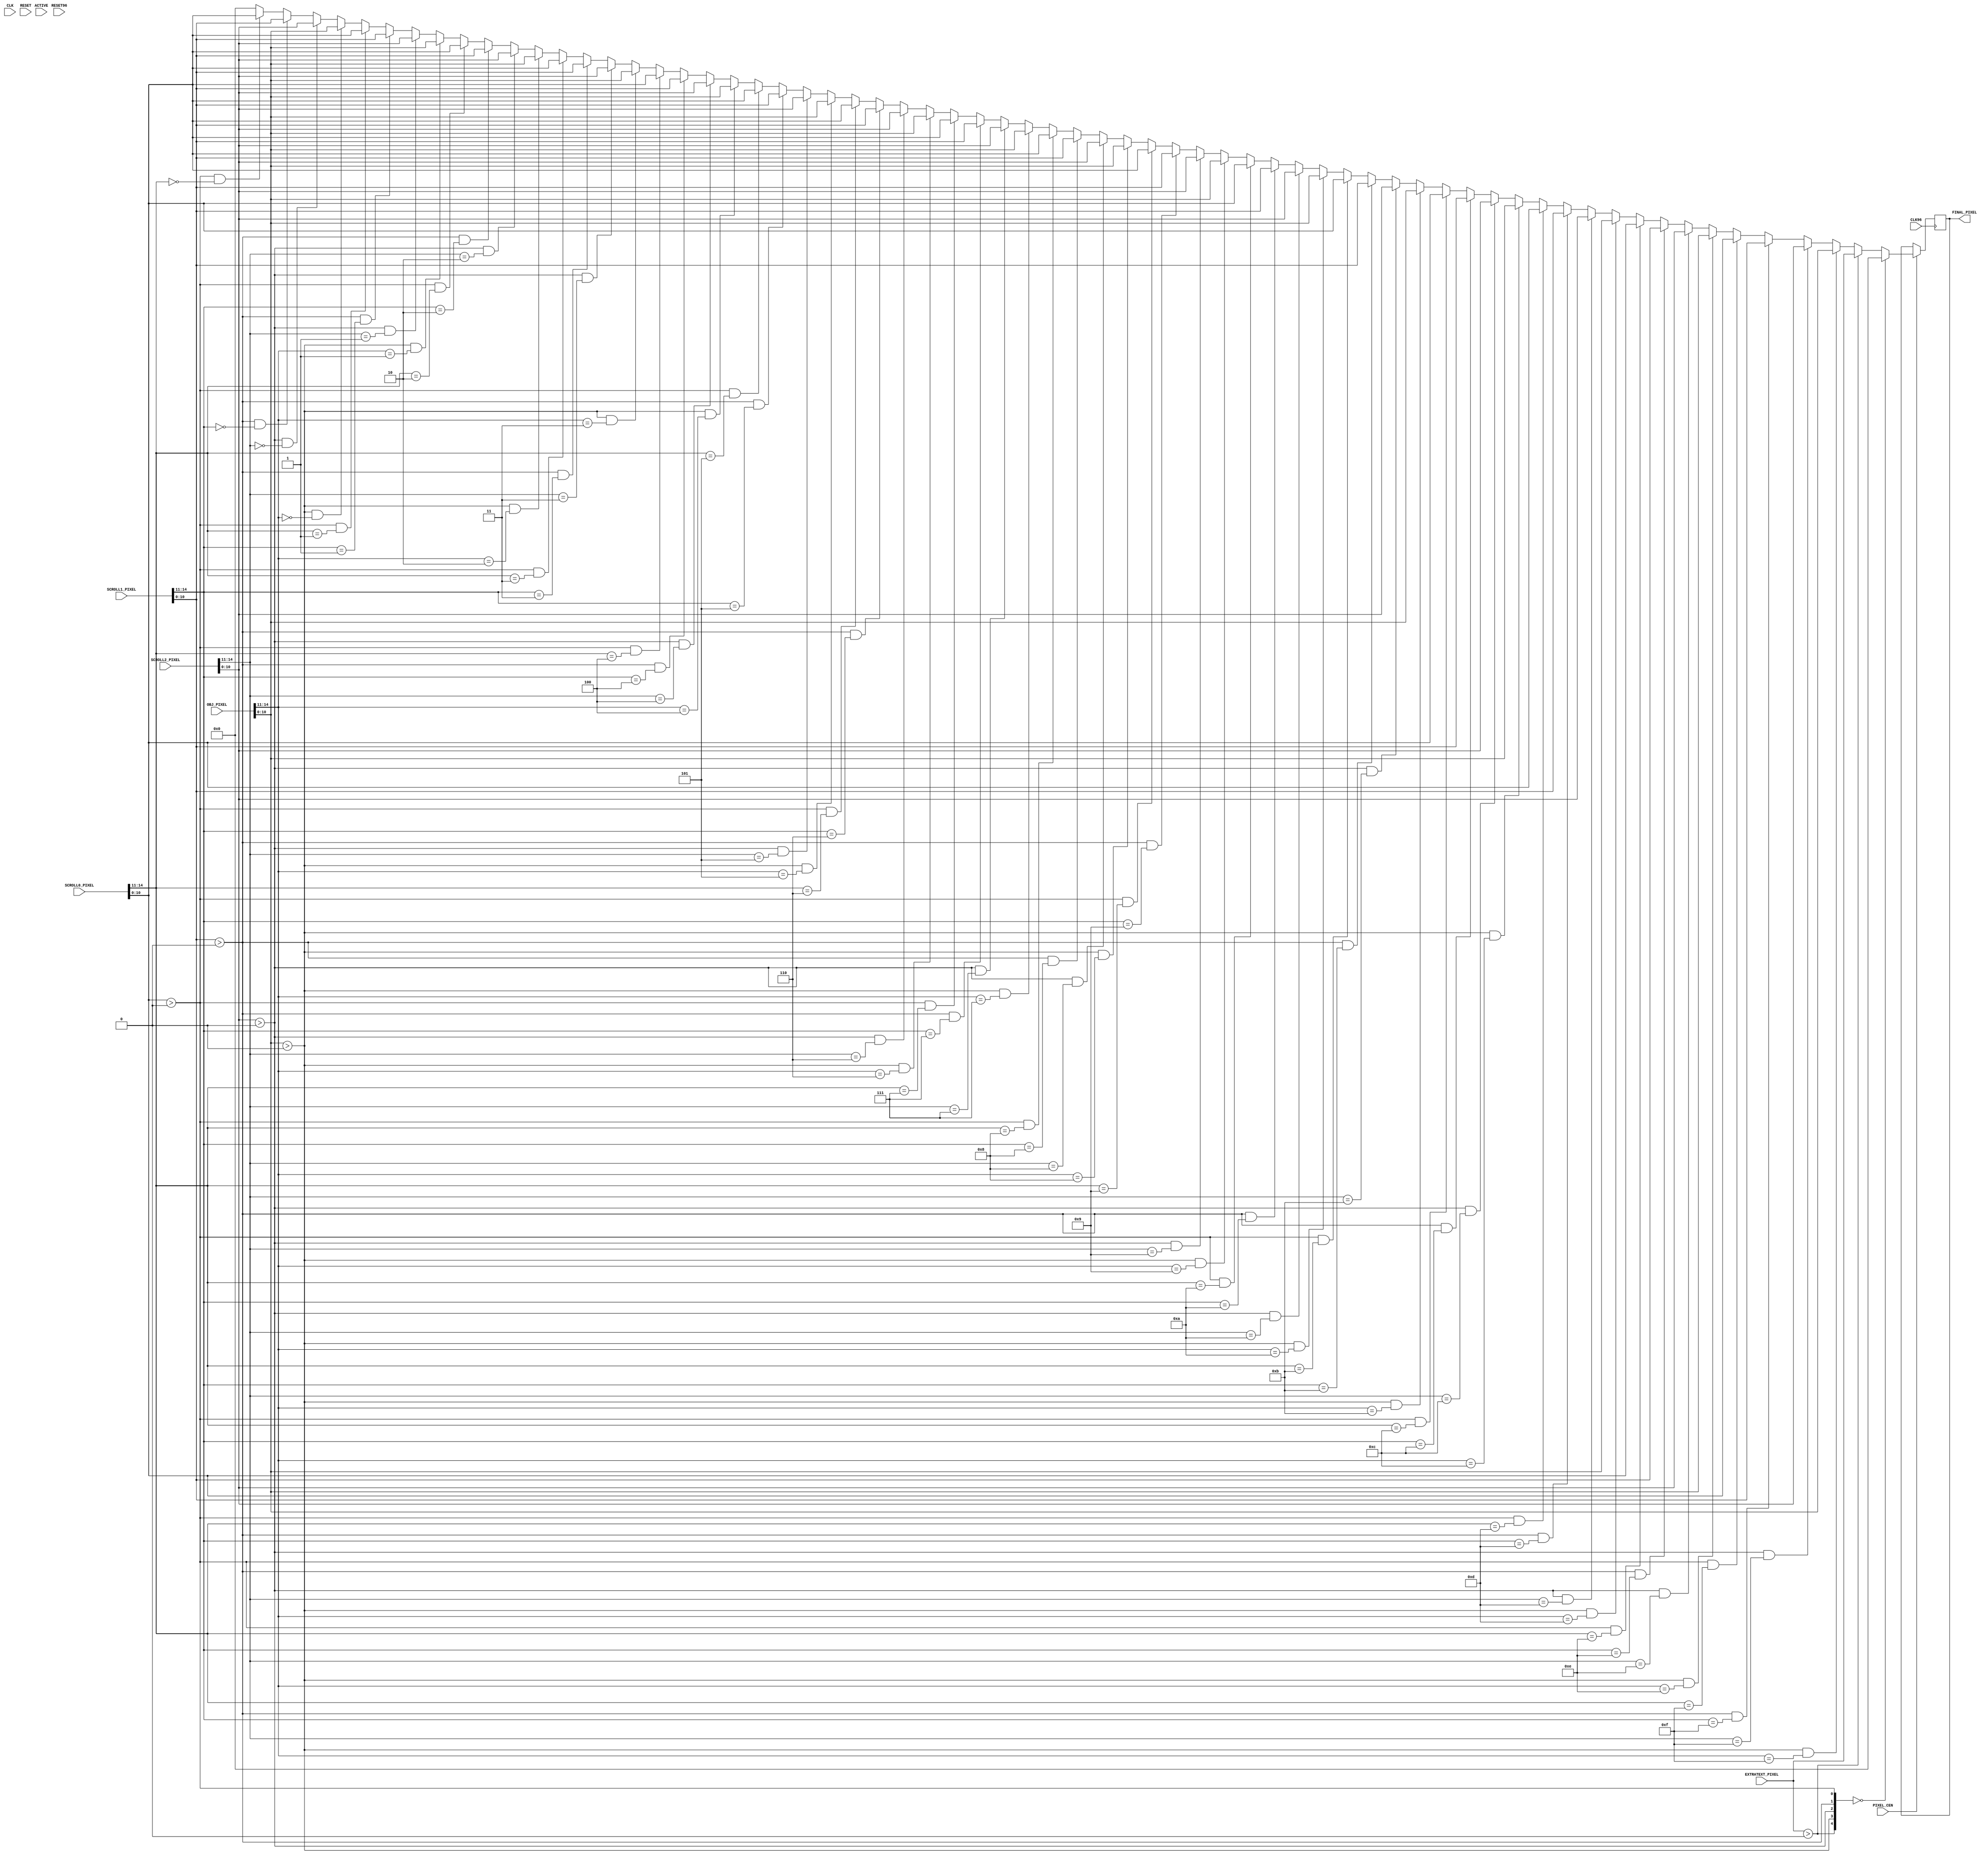
// This program was cloned from: https://github.com/atrac17/Toaplan2
// License: GNU General Public License v3.0

/*
* <-- pr4m0d -->
* https://pram0d.com
* https://twitter.com/pr4m0d
* https://github.com/psomashekar
*
* Copyright (c) 2022 Pramod Somashekar
*
* This program is free software: you can redistribute it and/or modify
* it under the terms of the GNU General Public License as published by
* the Free Software Foundation, either version 3 of the License, or
* (at your option) any later version.
*
* This program is distributed in the hope that it will be useful,
* but WITHOUT ANY WARRANTY; without even the implied warranty of
* MERCHANTABILITY or FITNESS FOR A PARTICULAR PURPOSE.  See the
* GNU General Public License for more details.
*
* You should have received a copy of the GNU General Public License
* along with this program.  If not, see <https://www.gnu.org/licenses/>.
*/
module raizing_colmix (
    input CLK,
    input CLK96,
    input RESET,
    input RESET96,
    input PIXEL_CEN,
    input [10:0] EXTRATEXT_PIXEL,
    input [14:0] SCROLL0_PIXEL,
    input [14:0] SCROLL1_PIXEL,
    input [14:0] SCROLL2_PIXEL,
    input [14:0] OBJ_PIXEL,
    output reg [10:0] FINAL_PIXEL,
    input ACTIVE
);

wire [10:0] blank_pixel = 11'd0;
wire [4:0] prio = {EXTRATEXT_PIXEL>0, OBJ_PIXEL[10:0]>0, SCROLL2_PIXEL[10:0]>0, SCROLL1_PIXEL[10:0]>0, SCROLL0_PIXEL[10:0]>0};

integer i;
function [10:0] pixel_priority_mux;
    input [4:0] pri;
    input [10:0] et;
    input [14:0] obj,scr2,scr1,scr0;
    begin
        pixel_priority_mux = blank_pixel;
        for(i=0;i<16;i=i+1) begin
            if(pri[0] && scr0[14:11] == i[3:0]) pixel_priority_mux = scr0[10:0]; 
            if(pri[1] && scr1[14:11] == i[3:0]) pixel_priority_mux = scr1[10:0];
            if(pri[2] && scr2[14:11] == i[3:0]) pixel_priority_mux = scr2[10:0];
            if(pri[3] && obj[14:11] == i[3:0]) pixel_priority_mux = obj[10:0];
        end
        // if(pri[0]) pixel_priority_mux = scr0[10:0]; 
        // if(pri[1]) pixel_priority_mux = scr1[10:0];
        // if(pri[2]) pixel_priority_mux = scr2[10:0];
        // if(pri[3]) pixel_priority_mux = obj[10:0];

        //remux
        // if(pri[3] && obj[14:11] >= scr0[14:11] && obj[14:11] >= scr1[14:11] && obj[14:11] >= scr2[14:11]) pixel_priority_mux = obj[10:0];
        // else begin
        //     if(pri[0] && scr0[14:11] > scr1[14:11] && scr0[14:11] > scr2[14:11] && scr0 > obj[14:11]) pixel_priority_mux = scr0[10:0]; 
        //     if(pri[1] && scr1[14:11] > scr0[14:11] && scr1[14:11] > scr2[14:11] && scr1 > obj[14:11]) pixel_priority_mux = scr1[10:0];
        //     if(pri[2] && scr2[14:11] > scr0[14:11] && scr2[14:11] > scr1[14:11] && scr2 > obj[14:11]) pixel_priority_mux = scr2[10:0];
        // end
        

        // if(pri[3]) pixel_priority_mux = obj[10:0];
        
        if(pri[4]) pixel_priority_mux = et;
        // $display("%h", pixel_priority_mux);
    end
endfunction

always @(posedge CLK96) begin
    if(PIXEL_CEN) begin
        if(prio==5'b00000) begin //no layer has pixels in this dot, it will be set to clear frame in palette
            FINAL_PIXEL<=blank_pixel;
        end else begin
            FINAL_PIXEL<=pixel_priority_mux(prio, EXTRATEXT_PIXEL, OBJ_PIXEL, SCROLL2_PIXEL, SCROLL1_PIXEL, SCROLL0_PIXEL);
        end
    end
end

endmodule